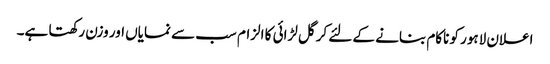
اعلان لاہور کو ناکام بنانے کے لئے کرگل لڑائی کا الزام سب سے نمایاں اور وزن رکھتا ہے۔